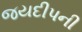
જયદીપની